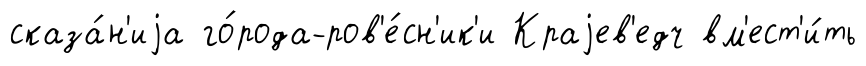
сказа́н'иjа го́рода-ров'е́сн'ик'и Краjев'едч вм'ест'и́ть